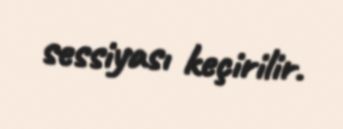
sessiyası keçirilir.